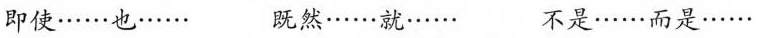
即使……也…… 既然……就…… 不是……而是……